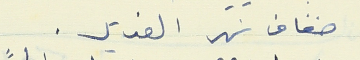
ضفاف نهر الغدير .